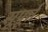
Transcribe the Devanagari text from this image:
सूपूर्त